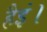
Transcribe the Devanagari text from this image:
हैइं।